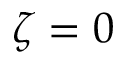
\zeta = 0